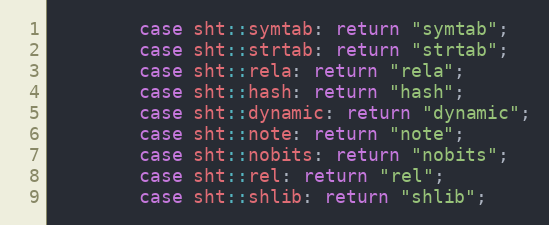
Language: C++
        case sht::symtab: return "symtab";
        case sht::strtab: return "strtab";
        case sht::rela: return "rela";
        case sht::hash: return "hash";
        case sht::dynamic: return "dynamic";
        case sht::note: return "note";
        case sht::nobits: return "nobits";
        case sht::rel: return "rel";
        case sht::shlib: return "shlib";